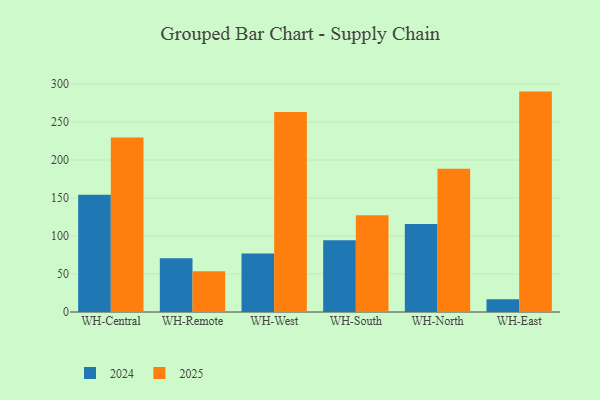
{"axis": {"x": "Warehouse", "y": "Bounce Rate (%)"}, "legend": ["2024", "2025"], "data": [{"x": "WH-Central", "y": 229.6, "type": "2025"}, {"x": "WH-Central", "y": 154.4, "type": "2024"}, {"x": "WH-Remote", "y": 53.7, "type": "2025"}, {"x": "WH-Remote", "y": 70.8, "type": "2024"}, {"x": "WH-West", "y": 263.2, "type": "2025"}, {"x": "WH-West", "y": 77.0, "type": "2024"}, {"x": "WH-South", "y": 127.3, "type": "2025"}, {"x": "WH-South", "y": 94.4, "type": "2024"}, {"x": "WH-North", "y": 188.5, "type": "2025"}, {"x": "WH-North", "y": 115.8, "type": "2024"}, {"x": "WH-East", "y": 290.1, "type": "2025"}, {"x": "WH-East", "y": 16.9, "type": "2024"}]}